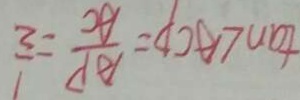
\tan \angle A C P = \frac { A P } { A C } = \frac { 1 } { 2 }